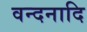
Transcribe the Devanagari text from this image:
वन्दनादि